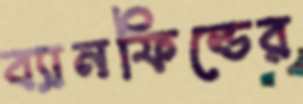
ব্যানফিল্ডের